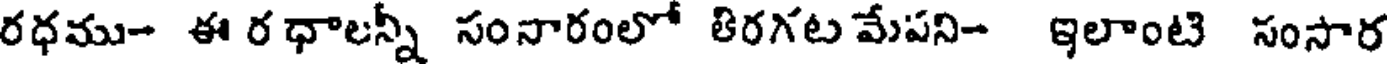
రధము- ఈ ర ధాలన్నీ సంనారంలో తిరగట మేపని- ఇలాంటి సంసార